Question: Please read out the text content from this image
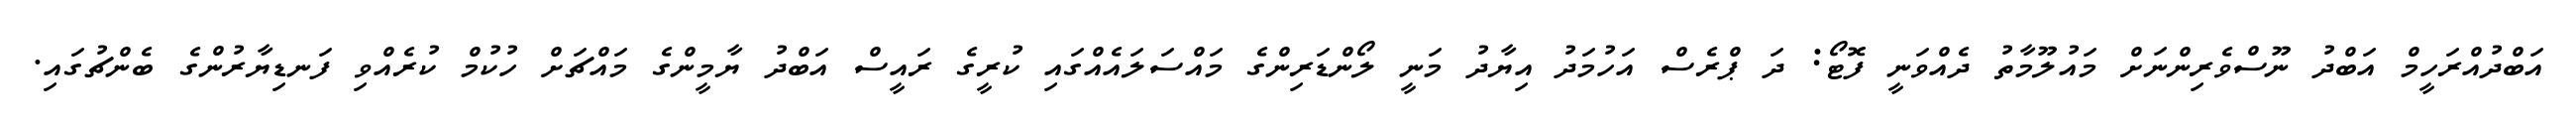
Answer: އަބްދުއްރަހީމް އަބްދު ނޫސްވެރިންނަށް މައުލޫމާތު ދެއްވަނީ ފޮޓޯ: ދަ ޕްރެސް އަހުމަދު އިޔާދު މަނީ ލޯންޑަރިންގެ މައްސަލައެއްގައި ކުރީގެ ރައީސް އަބްދު ޔާމީންގެ މައްޗަށް ހުކުމް ކުރެއްވި ފަނޑިޔާރުންގެ ބެންޗުގައި.